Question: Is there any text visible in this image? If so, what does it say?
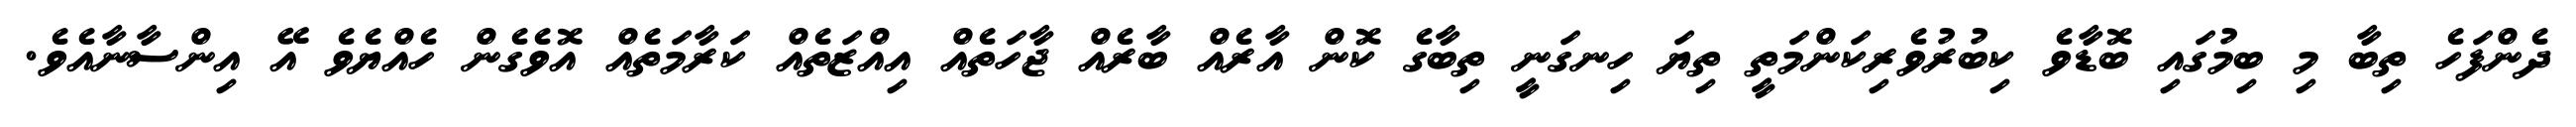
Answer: ދެންފަހެ ތިބާ މި ބިމުގައި ބޮޑާވެ ކިބުރުވެރިކަންމަތީ ތިޔަ ހިނގަނީ ތިބާގެ ކޮން އާރެއް ބާރެއް ޖާހަތެއް އިއްޒަތެއް ކަރާމަތެއް އޮވެގެން ހެއްޔެވެ އޭ އިންސާނާއެވެ.